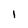
Character: 1